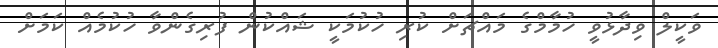
ވަކީލް ވިދާޅުވީ ހުމާމްގެ މައްޗަށް ކުރި ހުކުމަކީ ޝައްކުން ފުރިގެންވާ ހުކުމެއް ކަމަށް